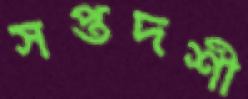
সপ্তদশী